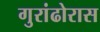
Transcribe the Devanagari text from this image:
गुरांढोरास